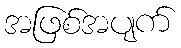
အဖြစ်အပျက်